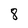
Character: 8